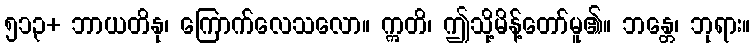
၅၁၃+ ဘာယတိနု၊ ကြောက်လေသလော။ ဣတိ၊ ဤသို့မိန့်တော်မူ၏။ ဘန္တေ၊ ဘုရား။